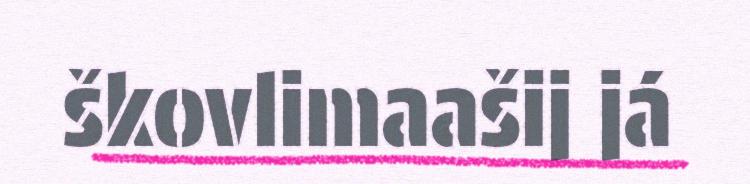
škovlimaašij já